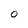
Character: 0